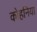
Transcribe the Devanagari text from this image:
कोहनिया